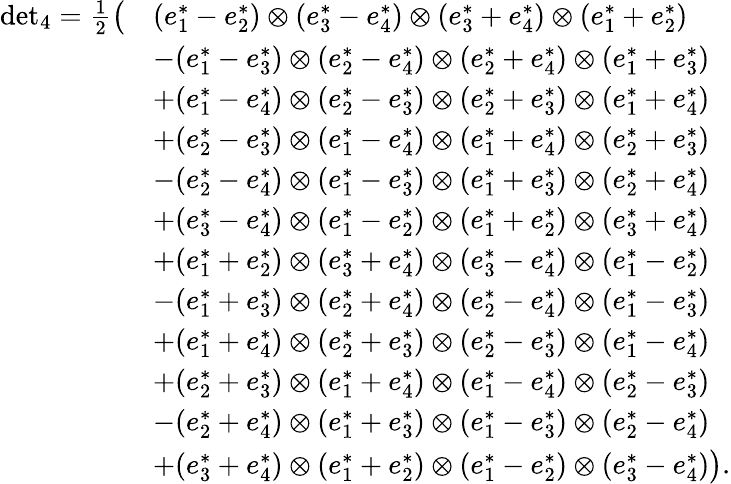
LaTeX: \begin{array}{rl}{{\operatorname*{det}}_{4}=\frac{1}{2}\big(}&{(e_{1}^{*}-e_{2}^{*})\otimes(e_{3}^{*}-e_{4}^{*})\otimes(e_{3}^{*}+e_{4}^{*})\otimes(e_{1}^{*}+e_{2}^{*})}\\ &{-(e_{1}^{*}-e_{3}^{*})\otimes(e_{2}^{*}-e_{4}^{*})\otimes(e_{2}^{*}+e_{4}^{*})\otimes(e_{1}^{*}+e_{3}^{*})}\\ &{+(e_{1}^{*}-e_{4}^{*})\otimes(e_{2}^{*}-e_{3}^{*})\otimes(e_{2}^{*}+e_{3}^{*})\otimes(e_{1}^{*}+e_{4}^{*})}\\ &{+(e_{2}^{*}-e_{3}^{*})\otimes(e_{1}^{*}-e_{4}^{*})\otimes(e_{1}^{*}+e_{4}^{*})\otimes(e_{2}^{*}+e_{3}^{*})}\\ &{-(e_{2}^{*}-e_{4}^{*})\otimes(e_{1}^{*}-e_{3}^{*})\otimes(e_{1}^{*}+e_{3}^{*})\otimes(e_{2}^{*}+e_{4}^{*})}\\ &{+(e_{3}^{*}-e_{4}^{*})\otimes(e_{1}^{*}-e_{2}^{*})\otimes(e_{1}^{*}+e_{2}^{*})\otimes(e_{3}^{*}+e_{4}^{*})}\\ &{+(e_{1}^{*}+e_{2}^{*})\otimes(e_{3}^{*}+e_{4}^{*})\otimes(e_{3}^{*}-e_{4}^{*})\otimes(e_{1}^{*}-e_{2}^{*})}\\ &{-(e_{1}^{*}+e_{3}^{*})\otimes(e_{2}^{*}+e_{4}^{*})\otimes(e_{2}^{*}-e_{4}^{*})\otimes(e_{1}^{*}-e_{3}^{*})}\\ &{+(e_{1}^{*}+e_{4}^{*})\otimes(e_{2}^{*}+e_{3}^{*})\otimes(e_{2}^{*}-e_{3}^{*})\otimes(e_{1}^{*}-e_{4}^{*})}\\ &{+(e_{2}^{*}+e_{3}^{*})\otimes(e_{1}^{*}+e_{4}^{*})\otimes(e_{1}^{*}-e_{4}^{*})\otimes(e_{2}^{*}-e_{3}^{*})}\\ &{-(e_{2}^{*}+e_{4}^{*})\otimes(e_{1}^{*}+e_{3}^{*})\otimes(e_{1}^{*}-e_{3}^{*})\otimes(e_{2}^{*}-e_{4}^{*})}\\ &{+(e_{3}^{*}+e_{4}^{*})\otimes(e_{1}^{*}+e_{2}^{*})\otimes(e_{1}^{*}-e_{2}^{*})\otimes(e_{3}^{*}-e_{4}^{*})\big).}\end{array}